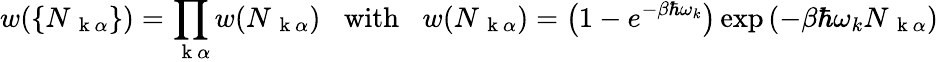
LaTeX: w(\{ N_{\mathrm{~\mathbf~k~}\alpha}\} )=\prod_{\mathrm{~\mathbf~k~}\alpha}w(N_{\mathrm{~\mathbf~k~}\alpha})\; \; \; \mathrm{with}\; \; \; w(N_{\mathrm{~\mathbf~k~}\alpha})=\left(1-e^{-\beta\hbar\omega_{k}}\right)\exp{(-\beta\hbar\omega_{k}N_{\mathrm{~\mathbf~k~}\alpha})}